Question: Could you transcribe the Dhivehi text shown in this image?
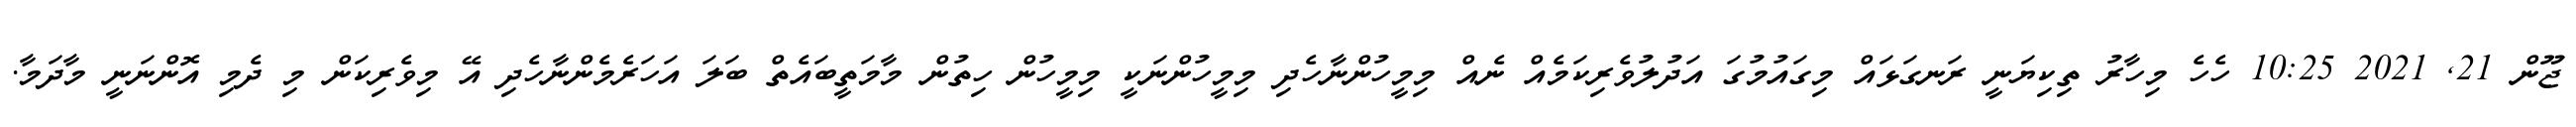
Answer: ޖޫން 21, 2021 10:25 ހެހެ މިހާރު ތިކިޔަނީ ރަނގަޅައް މިގައުމުގަ އަދުލުވެރިކަމެއް ނެއް މިމީހުންނާހެދި މިމީހުންނަކީ މިމީހުން ހިތުން މާމަތީބައެތް ބަލަ އަހަރެމެންނާހެދި އޭ މިވެރިކަން މި ދެމި އޮންނަނީ މާދަމާ.